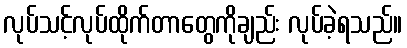
လုပ်သင့်လုပ်ထိုက်တာတွေကိုချည်း လုပ်ခဲ့ရသည်။